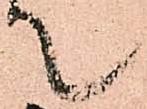
て